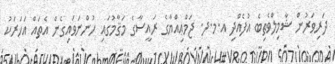
ދަރިވަރުން ޝާމިލްވެތިބެ އުފެއްދި އ.މ.ދ. ޖަމްޢިއްޔާގެ ރައީސާގެ މަޤާމުގައި ހުންނަވައިގެން އެތައް އަހަރަކު